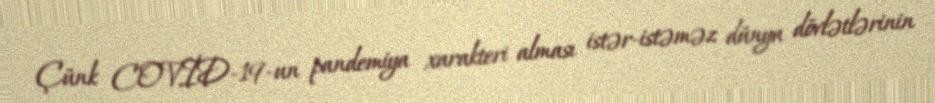
Çünk COVİD-19-un pandemiya xarakteri alması istər-istəməz dünya dövlətlərinin